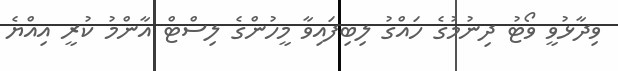
ވިދާޅުވީ ވޯޓު ދިނުމުގެ ހައްގު ލިބިފައިވާ މީހުންގެ ލިސްޓް އާންމު ކުރީ އިއްޔެ